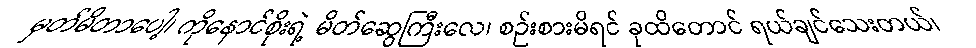
မှတ်မိတာပေါ့၊ ကိုနောင်စိုးရဲ့ မိတ်ဆွေကြီးလေ၊ စဉ်းစားမိရင် ခုထိတောင် ရယ်ချင်သေးတယ်၊